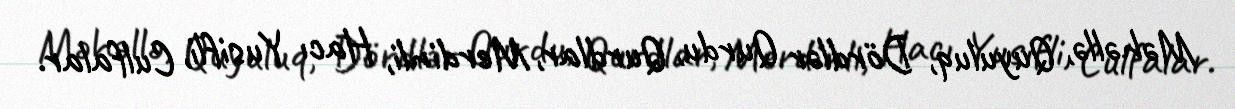
Məhəllə, Quyuluq, Dördlər Qurdu, Qurdlar, Merdinli, Hacı Yusifli, Culfalar.